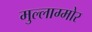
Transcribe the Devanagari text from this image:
मुल्लाग्मोर